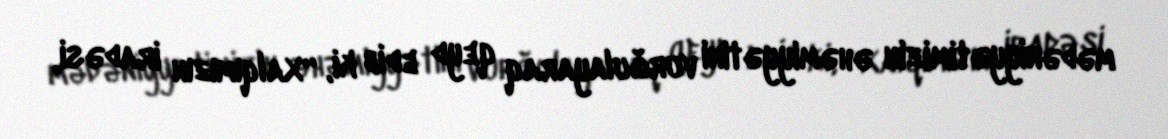
mədəniyyətimizin əhəmiyyətini vurğulayaraq qeyd edib ki, “Xalqımızın iradəsi,